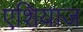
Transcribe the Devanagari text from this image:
एशियाज